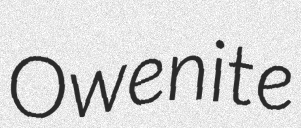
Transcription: Owenite